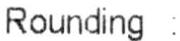
ROUNDING :